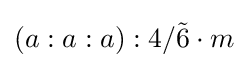
\left(a:a:a\right):4/{\tilde {6}}\cdot m